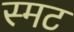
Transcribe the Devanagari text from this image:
स्मट